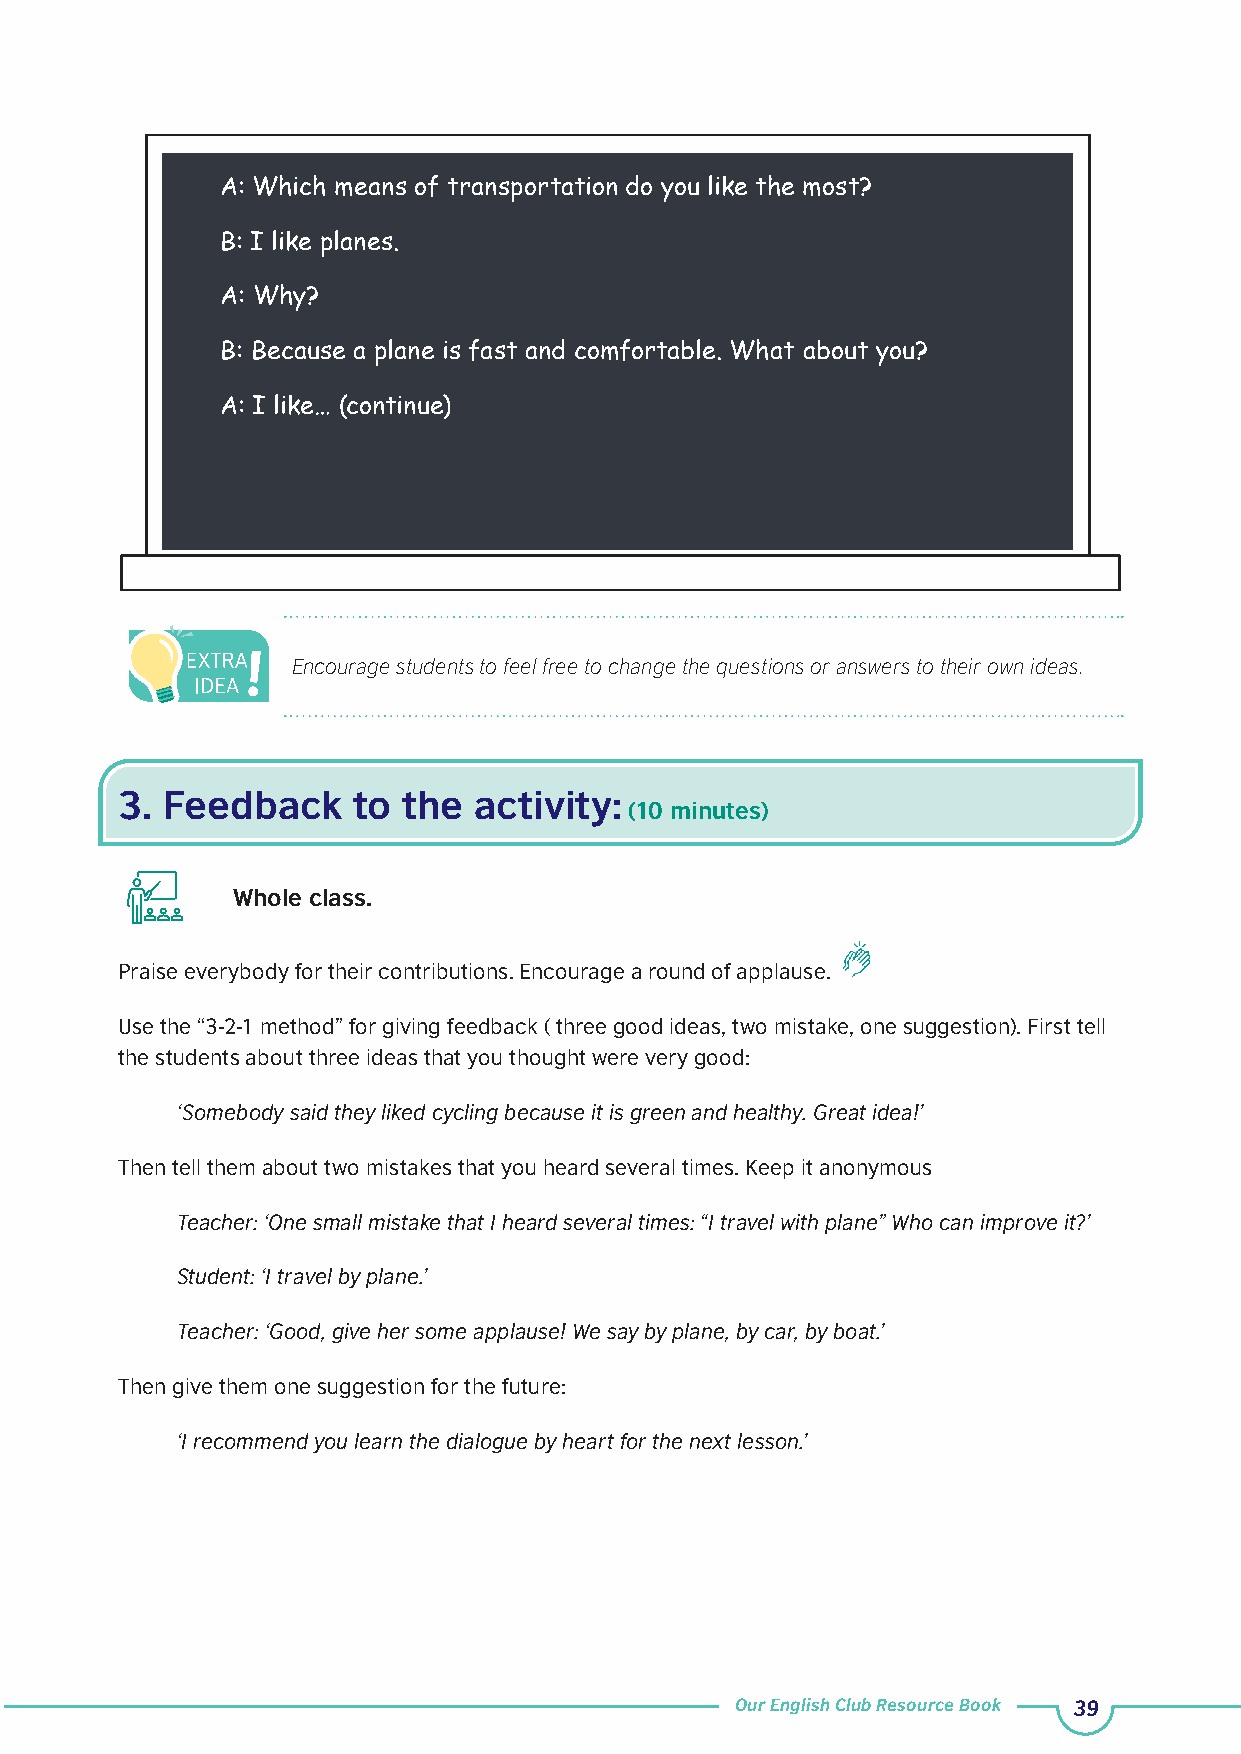
A: Which means of transportation do you like the most?
 B: I like planes.
 A: Why?
 B: Because a plane is fast and comfortable. What about you?
 A: I like… (continue)
 Encourage students to feel free to change the questions or answers to their own ideas.
 3. Feedback    to  the activity:
 (10 minutes)
 Whole class.
 Praise everybody for their contributions. Encourage a round of applause.
 Use the “3-2-1 method” for giving feedback ( three good ideas, two mistake, one suggestion). First tell
 the students about three ideas that you thought were very good:
 ‘Somebody said they liked cycling because it is green and healthy. Great idea!’
 Then tell them about two mistakes that you heard several times. Keep it anonymous
 Teacher: ‘One small mistake that I heard several times: “I travel with plane” Who can improve it?’
 Student: ‘I travel by plane.’
 Teacher: ‘Good, give her some applause! We say by plane, by car, by boat.’
 Then give them one suggestion for the future:
 ‘I recommend you learn the dialogue by heart for the next lesson.’
 Our English Club Resource Book 39